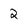
Character: 2